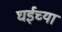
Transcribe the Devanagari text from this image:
घईच्या